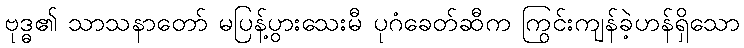
ဗုဒ္ဓ၏ သာသနာတော် မပြန့်ပွားသေးမီ ပုဂံခေတ်ဆီက ကြွင်းကျန်ခဲ့ဟန်ရှိသော